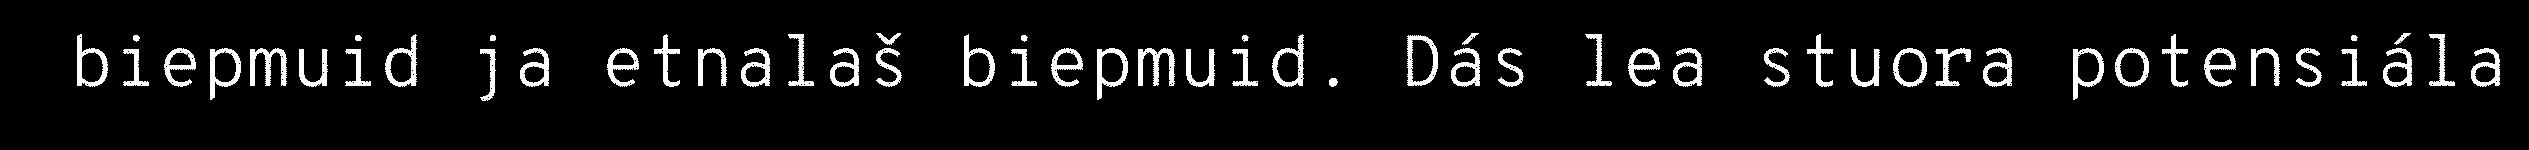
biepmuid ja etnalaš biepmuid. Dás lea stuora potensiála